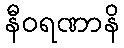
နီဝရဏာနိ